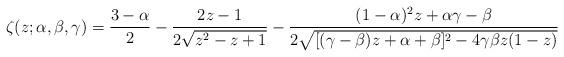
LaTeX: \begin{align*}\zeta(z;\alpha,\beta,\gamma)=\frac{3-\alpha}{2}-\frac{2z-1}{2\sqrt{z^2-z+1}}-\frac{(1-\alpha)^2 z+\alpha\gamma-\beta}{2\sqrt{[(\gamma-\beta)z+\alpha+\beta]^2-4\gamma\beta z(1-z)}}\end{align*}